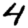
Digit: 4